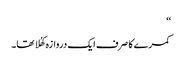
‘‘
کمرے کا صرف ایک دروازہ کھُلا تھا۔